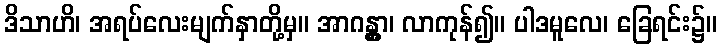
ဒိသာဟိ၊ အရပ်လေးမျက်နှာတို့မှ။ အာဂန္တွာ၊ လာကုန်၍။ ပါဒမူလေ၊ ခြေရင်း၌။